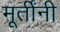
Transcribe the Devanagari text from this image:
मूर्तींनी